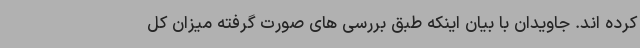
کرده اند. جاویدان با بیان اینکه طبق بررسی های صورت گرفته میزان کل